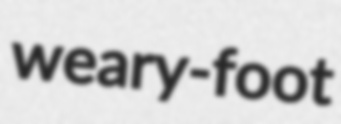
weary-foot